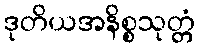
ဒုတိယအနိစ္စသုတ္တံ